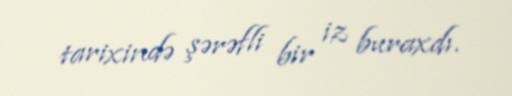
tarixində şərəfli bir iz buraxdı.